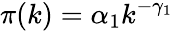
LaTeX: \pi(k)=\alpha_{1}k^{-\gamma_{1}}